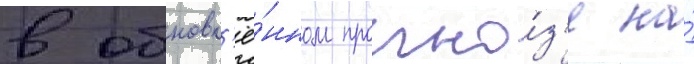
в обновл'ё́нном прогно́з'е на́